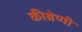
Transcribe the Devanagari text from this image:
कीश्रेणी